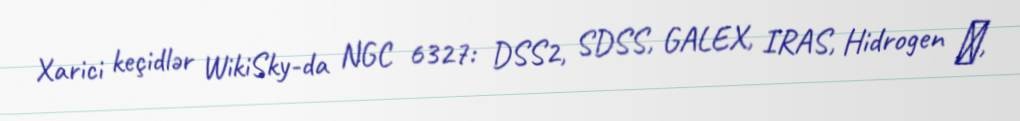
Xarici keçidlər WikiSky-da NGC 6327: DSS2, SDSS, GALEX, IRAS, Hidrogen α,